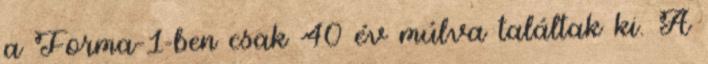
a Forma–1-ben csak 40 év múlva találtak ki. A